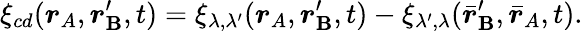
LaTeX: \xi_{cd}(\boldsymbol{r}_{A},\boldsymbol{r}_{\mathbf{B}}^{\prime},t)=\xi_{\lambda,\lambda^{\prime}}(\boldsymbol{r}_{A},\boldsymbol{r}_{\mathbf{B}}^{\prime},t)-\xi_{\lambda^{\prime},\lambda}(\bar{{\boldsymbol{r}}}_{\mathbf{B}}^{\prime},\bar{{\boldsymbol{r}}}_{A},t).